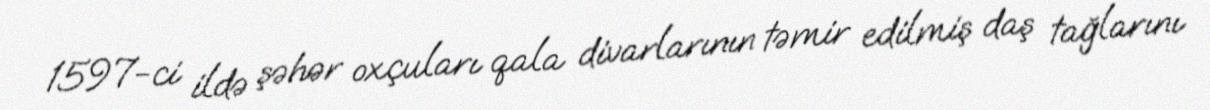
1597-ci ildə şəhər oxçuları qala divarlarının təmir edilmiş daş tağlarını